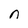
Character: n